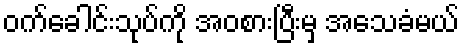
ဝက်ခေါင်းသုပ်ကို အဝစားပြီးမှ အသေခံမယ်